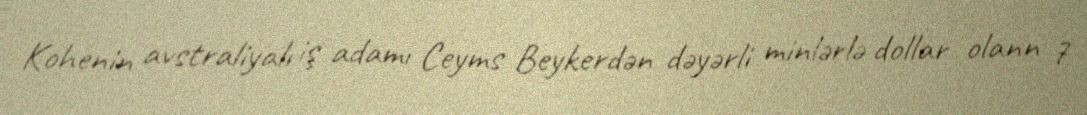
Kohenin avstraliyalı iş adamı Ceyms Beykerdən dəyərli minlərlə dollar olann 7